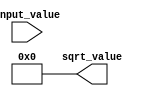
module sqrt_design(input wire [15:0] input_value, 
                    output wire [15:0] sqrt_value);

  assign sqrt_value = {16{1'b0}}; //initialize output to zero

  //square root algorithm logic goes here

endmodule